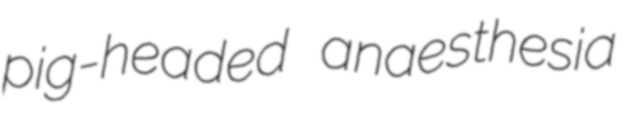
pig-headed anaesthesia